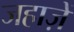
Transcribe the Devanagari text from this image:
जहाज़ें